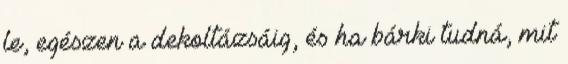
le, egészen a dekoltázsáig, és ha bárki tudná, mit